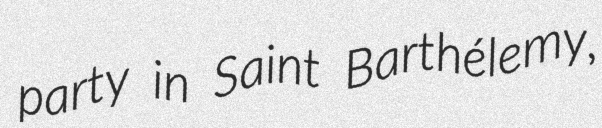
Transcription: party in Saint Barthélemy,